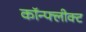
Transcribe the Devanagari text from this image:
कॉन्फ्लीक्ट